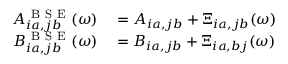
\begin{array} { r l } { A _ { i a , j b } ^ { \mathrm { ~ B ~ S ~ E ~ } } ( \omega ) } & { { } = A _ { i a , j b } + \Xi _ { i a , j b } ( \omega ) } \\ { B _ { i a , j b } ^ { \mathrm { ~ B ~ S ~ E ~ } } ( \omega ) } & { { } = B _ { i a , j b } + \Xi _ { i a , b j } ( \omega ) } \end{array}